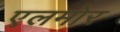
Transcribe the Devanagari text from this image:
एलमोर